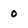
Character: o